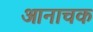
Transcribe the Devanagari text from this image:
आनाचक